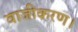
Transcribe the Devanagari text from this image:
वाजीकरण।